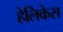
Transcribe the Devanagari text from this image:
हेलिकेस